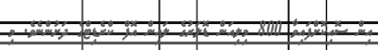
އިން ސޮއިކޮށްފައިވާ 800 މިލިއަން ޑޮލަރުގެ ލައިން އޮފް ކްރެޑިޓްގެ ދަށުންނެވެ. މި